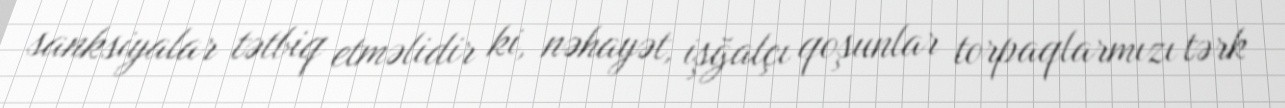
sanksiyalar tətbiq etməlidir ki, nəhayət, işğalçı qoşunlar torpaqlarmızı tərk